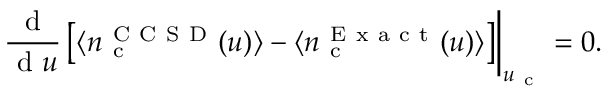
\left. \frac { \mathrm { ~ d ~ } } { \mathrm { ~ d ~ } u } \left\lbrack \langle n _ { \mathrm { ~ c ~ } } ^ { \mathrm { ~ C ~ C ~ S ~ D ~ } } ( u ) \rangle - \langle n _ { \mathrm { ~ c ~ } } ^ { \mathrm { ~ E ~ x ~ a ~ c ~ t ~ } } ( u ) \rangle \right\rbrack \right\vert _ { u _ { \mathrm { ~ c ~ } } } = 0 .